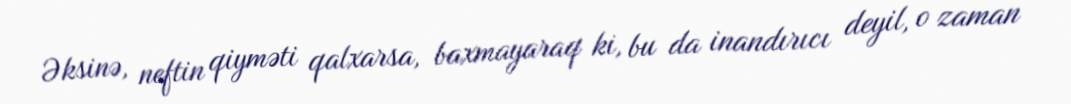
Əksinə, neftin qiyməti qalxarsa, baxmayaraq ki, bu da inandırıcı deyil, o zaman